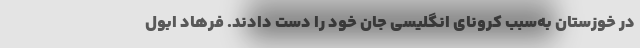
در خوزستان به‌سبب کرونای انگلیسی جان خود را دست دادند. فرهاد ابول